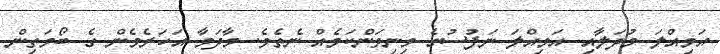
އަމިއްލަ މުދަލާއި އަމިއްލަ ނަފުސުގެ މިނިވަންކަމެއް ނެތެވެ. މާދަމާ އަހަރެމެން ގެ ބޯމަތިން